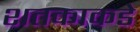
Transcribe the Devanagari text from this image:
शतकाकडे